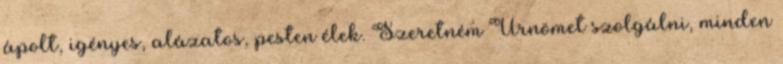
ápolt, igényes, alázatos, pesten élek. Szeretném Úrnömet szolgálni, minden